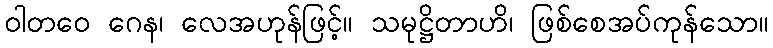
ဝါတဝေ ဂေန၊ လေအဟုန်ဖြင့်။ သမုဋ္ဌိတာဟိ၊ ဖြစ်စေအပ်ကုန်သော။